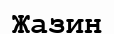
Жазин